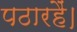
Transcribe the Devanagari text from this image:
पठारहैं।